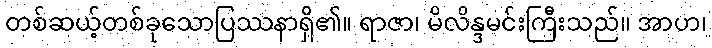
တစ်ဆယ့်တစ်ခုသောပြဿနာရှိ၏။ ရာဇာ၊ မိလိန္ဒမင်းကြီးသည်။ အာဟ၊